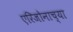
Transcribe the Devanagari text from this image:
एरिजोनाच्या